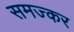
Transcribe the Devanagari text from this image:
समज्कर